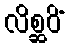
လိစ္ဆဝိံ